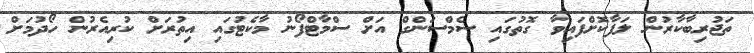
ތަޖުރިބާކާރުން ލަފާކޮށްފައިވާ ގޮތުގައި ސެމްސަންގް އަށް ސްމާޓްފޯނު މާކެޓުގައި އިތުރަށް ކުރިއެރުން ހޯދުމަށް